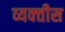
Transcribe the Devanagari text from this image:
व्यक्‍तीस